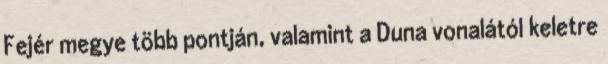
Fejér megye több pontján, valamint a Duna vonalától keletre